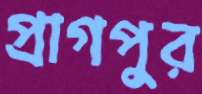
প্রাগপুর